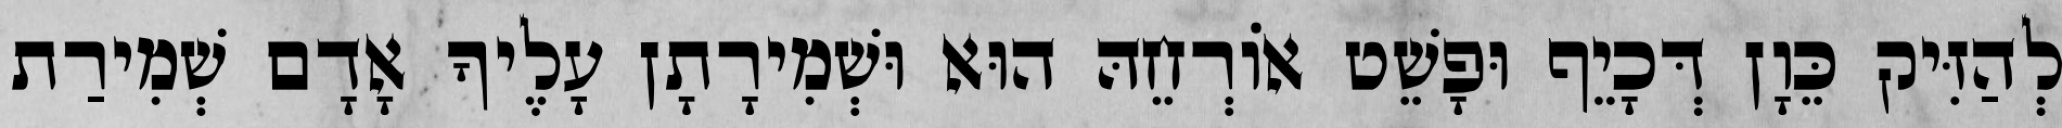
לְהַזִּיק כֵּוָן דְּכָיֵף וּפָשֵׁט אוֹרְחֵהּ הוּא וּשְׁמִירָתָן עָלֶיךָ אָדָם שְׁמִירַת